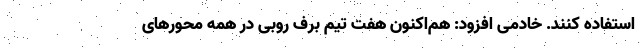
استفاده کنند. خادمی افزود: هم‌اکنون هفت تیم برف روبی در همه محورهای